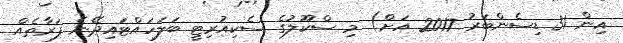
އިން 31 ޑިސެންބަރު 2017 އަށް) މި ސްކޫލުގެ ސެކިއުރިޓީ ބަލަހައްޓައިދޭނެ ފަރާތެއް